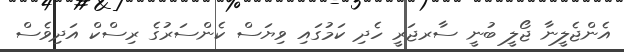
އެންޖެލީނާ ޖޯލީ ބުނީ ސާރޖަރީ ހެދި ކަމުގައި ވިޔަސް ކެންސަރުގެ ރިސްކް އަދިވެސް